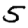
Digit: 5